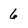
Character: 6